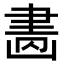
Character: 𦘚